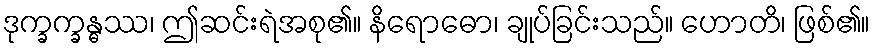
ဒုက္ခက္ခန္ဓဿ၊ ဤဆင်းရဲအစု၏။ နိရောဓော၊ ချုပ်ခြင်းသည်။ ဟောတိ၊ ဖြစ်၏။